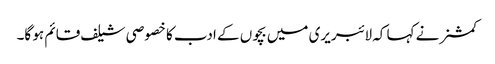
کمشنر نے کہا کہ لائبریری میں بچوں کے ادب کا خصوصی شیلف قائم ہو گا۔